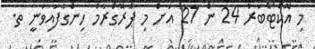
މި އޮކްޓޯބަރު 24 ން 27 އަށް މި ޕްރޮގްރާމް ހިންގާފައިވަނީ ތ.